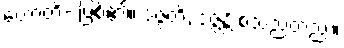
ဟောတိ- ဖြစ်၏။ ဒဇ္ဇတိ, ဒဇ္ဇန္တိ စသည်တည်း။